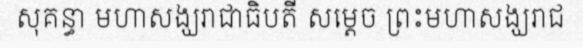
សុគន្ធា មហាសង្ឃរាជាធិបតី សម្តេច ព្រះមហាសង្ឃរាជ